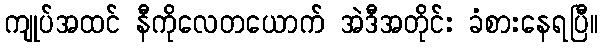
ကျုပ်အထင် နီကိုလေတယောက် အဲဒီအတိုင်း ခံစားနေရပြီ။